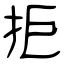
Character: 拒